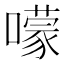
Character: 𡁏